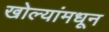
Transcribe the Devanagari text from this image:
खोल्यांमधून